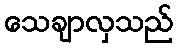
သေချာလှသည်